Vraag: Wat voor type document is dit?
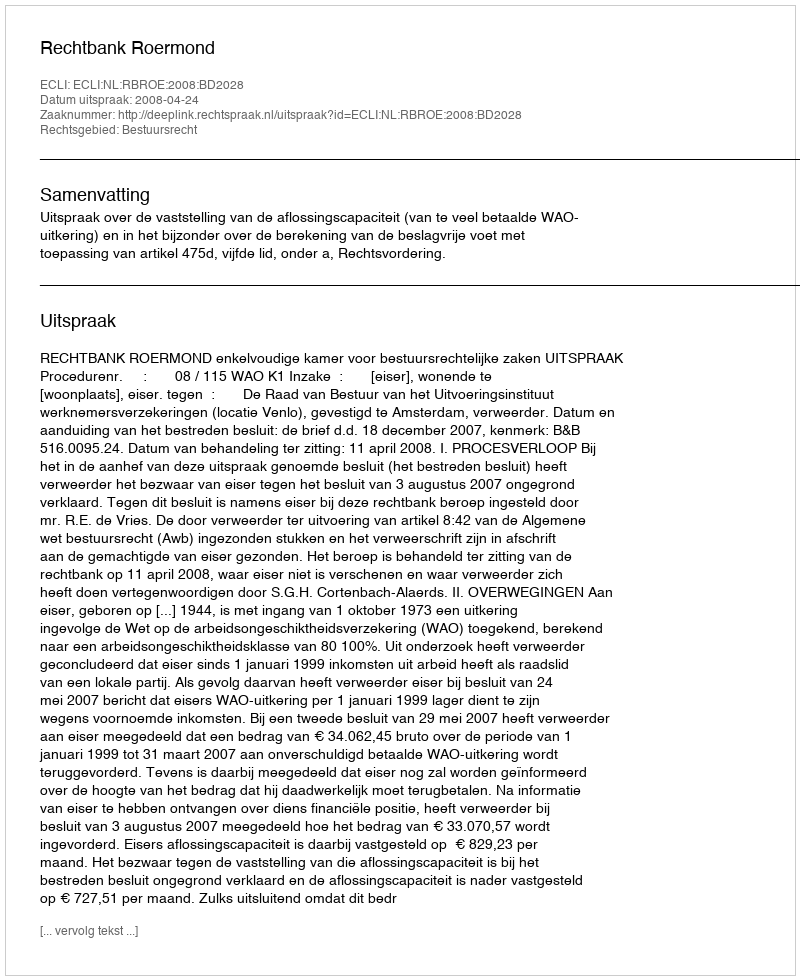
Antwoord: Uitspraak